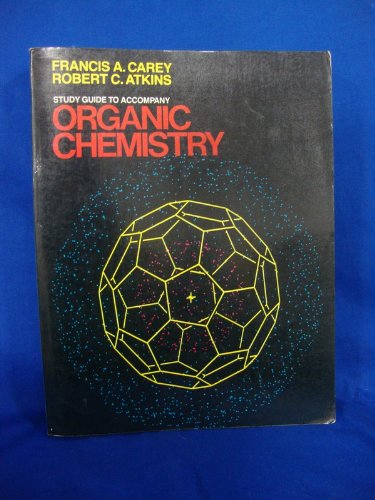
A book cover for Organic Chemistry; Francis A. Carey; Health, Fitness & Dieting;